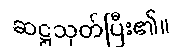
ဆဋ္ဌသုတ်ပြီး၏။